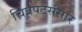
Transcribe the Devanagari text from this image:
चित्रपटसंसार